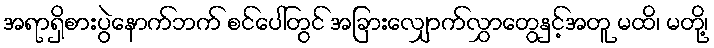
အရာရှိစားပွဲနောက်ဘက် စင်ပေါ်တွင် အခြားလျှောက်လွှာတွေနှင့်အတူ မထိ၊ မတို့၊